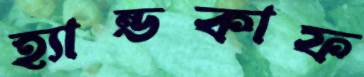
হ্যান্ডকাফ